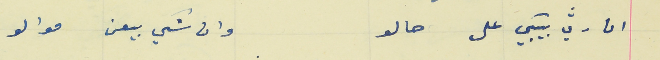
ان رثي بيبكي على  حالو                                           وان شكي بيعن موالو